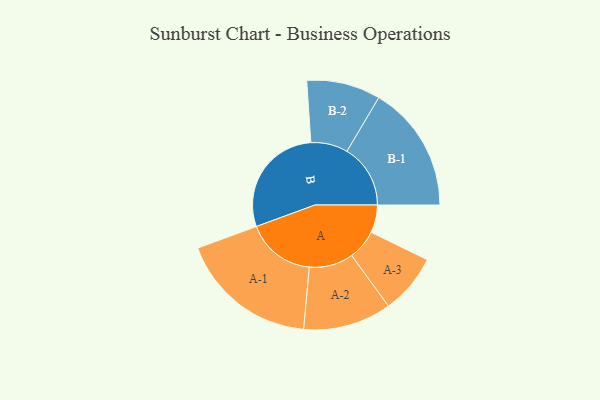
{"axis": {"x": "Segment", "y": "Value"}, "legend": ["", "A", "B"], "data": [{"x": "A", "y": 112, "type": ""}, {"x": "B", "y": 459, "type": ""}, {"x": "A-1", "y": 279, "type": "A"}, {"x": "A-2", "y": 178, "type": "A"}, {"x": "A-3", "y": 121, "type": "A"}, {"x": "B-1", "y": 256, "type": "B"}, {"x": "B-2", "y": 149, "type": "B"}]}